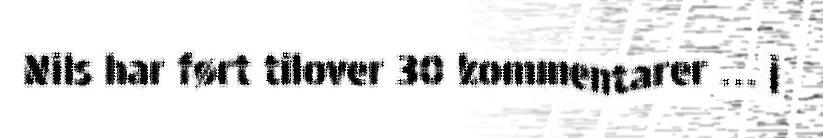
Nils har ført tilover 30 kommentarer … j